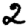
Digit: 2